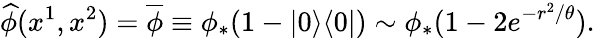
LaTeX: \widehat{\phi}(x^{1},x^{2})=\overline{{{\phi}}}\equiv\phi_{*}(1-|0\rangle\langle 0|)\sim\phi_{*}(1-2e^{-r^{2}/\theta}).